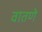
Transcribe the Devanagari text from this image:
वातणे